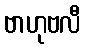
ဗာဟုဗလီ